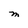
Character: M